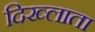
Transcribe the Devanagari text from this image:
दिख्लाता